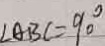
\angle A B C = 9 0 ^ { \circ }